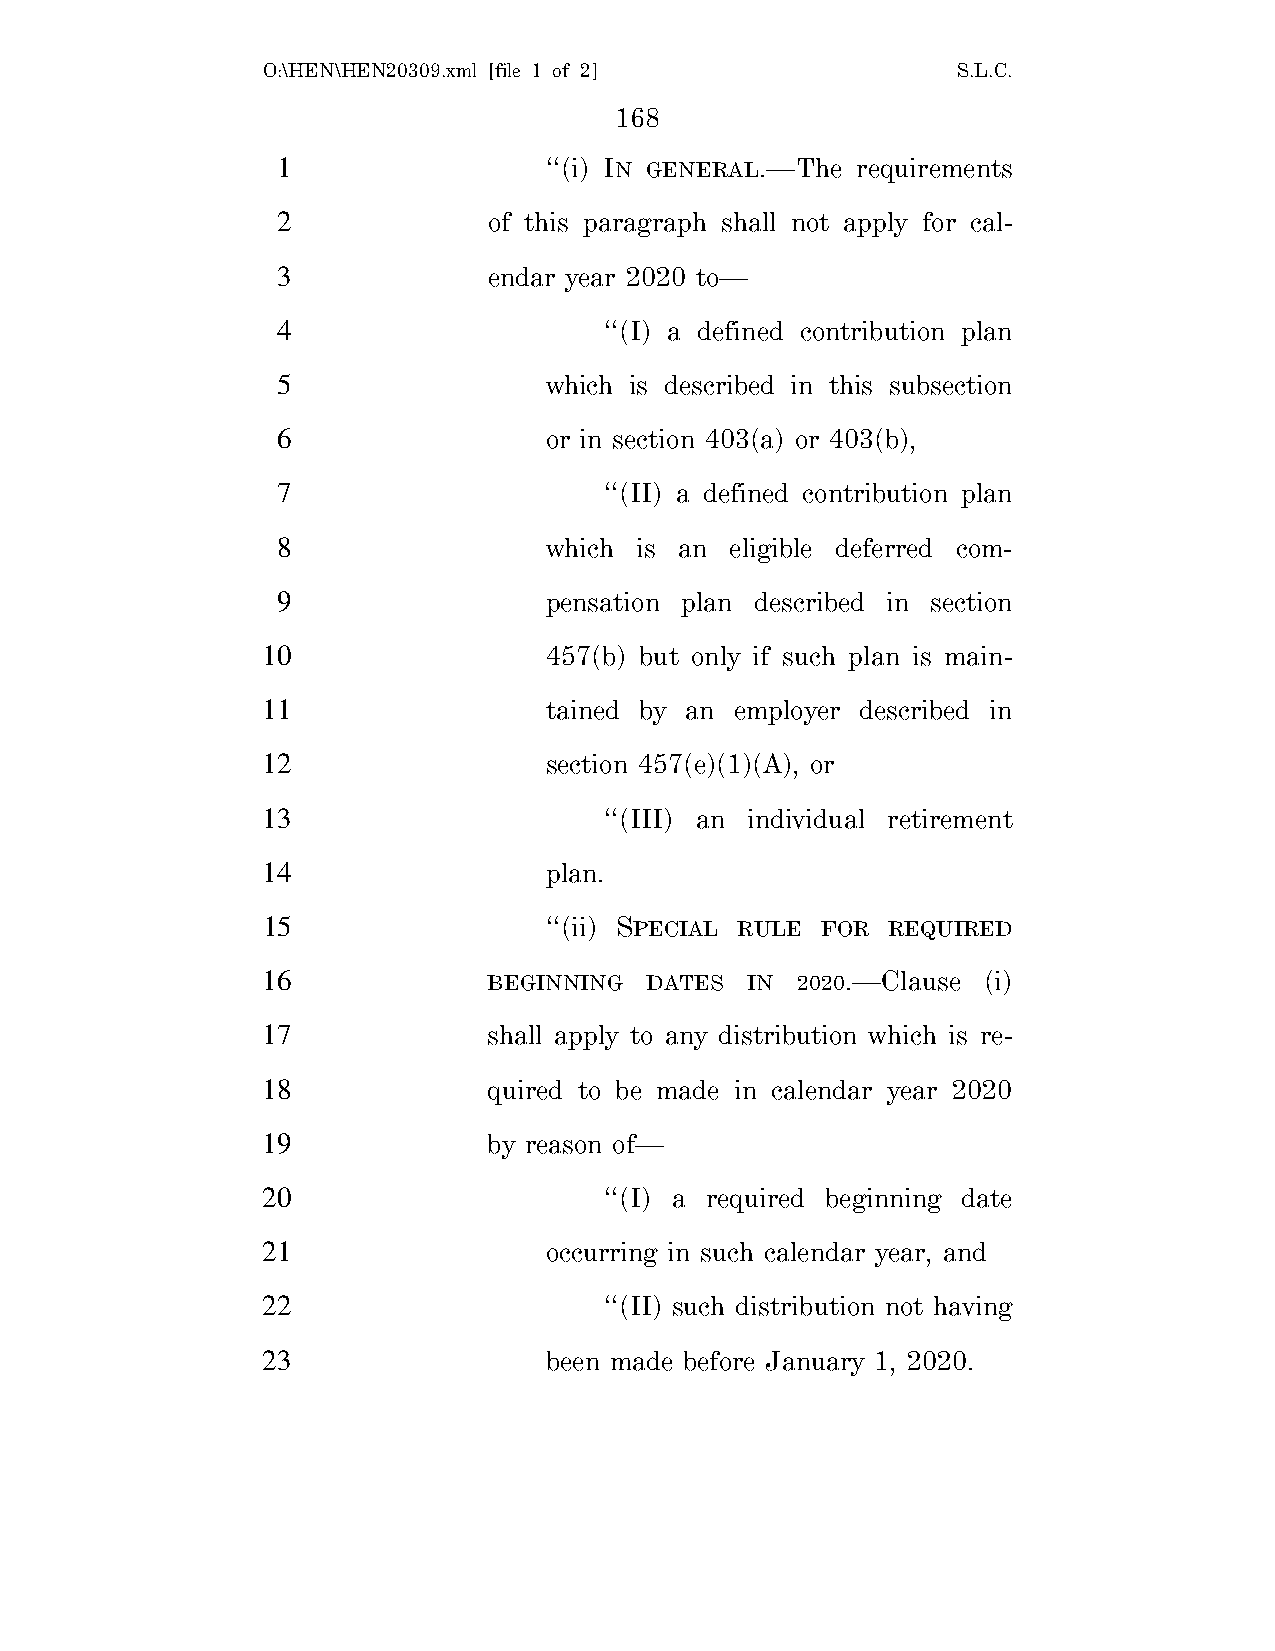
O:\HEN\HEN20309.xml [file 1 of 2]             S.L.C.
 168
 1                 ‘‘(i) IN GENERAL.—The requirements
 2             of this paragraph shall not apply for cal-
 3             endar year 2020 to—
 4                     ‘‘(I) a defined contribution plan
 5                 which is described in this subsection
 6                 or in section 403(a) or 403(b),
 7                     ‘‘(II) a defined contribution plan
 8                 which is an eligible deferred com-
 9                 pensation plan described in section
 10                 457(b) but only if such plan is main-
 11                 tained by an employer described in
 12                 section 457(e)(1)(A), or
 13                     ‘‘(III) an individual retirement
 14                 plan.
 15                 ‘‘(ii) SPECIAL RULE FOR REQUIRED
 16             BEGINNING  DATES IN  2020.—Clause (i)
 17             shall apply to any distribution which is re-
 18             quired to be made in calendar year 2020
 19             by reason of—
 20                     ‘‘(I) a required beginning date
 21                 occurring in such calendar year, and
 22                     ‘‘(II) such distribution not having
 23                 been made before January 1, 2020.